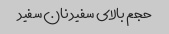
حجم بالای سفید نان سفید